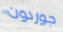
جوردون